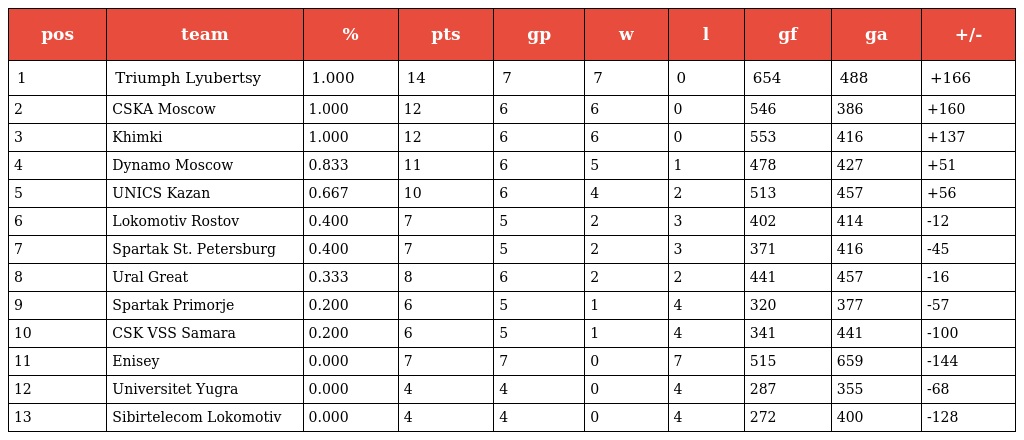
| pos | team | % | pts | gp | w | l | gf | ga | +/- |
 | --- | --- | --- | --- | --- | --- | --- | --- | --- | --- |
 | 1 | Triumph Lyubertsy | 1.000 | 14 | 7 | 7 | 0 | 654 | 488 | +166 |
 | 2 | CSKA Moscow | 1.000 | 12 | 6 | 6 | 0 | 546 | 386 | +160 |
 | 3 | Khimki | 1.000 | 12 | 6 | 6 | 0 | 553 | 416 | +137 |
 | 4 | Dynamo Moscow | 0.833 | 11 | 6 | 5 | 1 | 478 | 427 | +51 |
 | 5 | UNICS Kazan | 0.667 | 10 | 6 | 4 | 2 | 513 | 457 | +56 |
 | 6 | Lokomotiv Rostov | 0.400 | 7 | 5 | 2 | 3 | 402 | 414 | -12 |
 | 7 | Spartak St. Petersburg | 0.400 | 7 | 5 | 2 | 3 | 371 | 416 | -45 |
 | 8 | Ural Great | 0.333 | 8 | 6 | 2 | 2 | 441 | 457 | -16 |
 | 9 | Spartak Primorje | 0.200 | 6 | 5 | 1 | 4 | 320 | 377 | -57 |
 | 10 | CSK VSS Samara | 0.200 | 6 | 5 | 1 | 4 | 341 | 441 | -100 |
 | 11 | Enisey | 0.000 | 7 | 7 | 0 | 7 | 515 | 659 | -144 |
 | 12 | Universitet Yugra | 0.000 | 4 | 4 | 0 | 4 | 287 | 355 | -68 |
 | 13 | Sibirtelecom Lokomotiv | 0.000 | 4 | 4 | 0 | 4 | 272 | 400 | -128 |